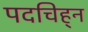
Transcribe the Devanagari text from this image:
पदचिह्‌न